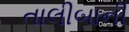
તાલીબાની